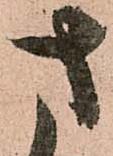
さ